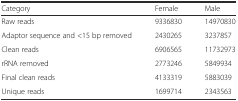
| Category | Female | Male |
 | --- | --- | --- |
 | Raw reads | 9336830 | 14970830 |
 | Adaptor sequence and <15 bp removed | 2430265 | 3237857 |
 | Clean reads | 6906565 | 11732973 |
 | rRNA removed | 2773246 | 5849934 |
 | Final clean reads | 4133319 | 5883039 |
 | Unique reads | 1699714 | 2343563 |